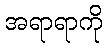
အရာရာကို